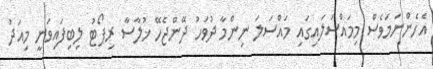
އެހެންނަމަވެސް މިމައްސަލައިގައި މައްސަލަ ނިންމާ ދުވަހު ދޭންޖެހޭ ޚުލާސާ ރިޕޯޓު ލިބިފައިވަނީ މިއަދު